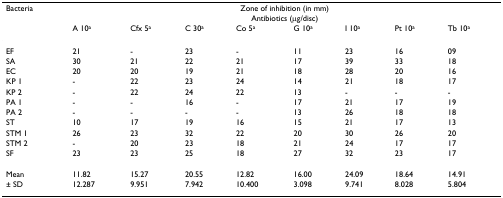
<table><thead><tr><td><b>Bacteria</b></td><td colspan="8"><b>Zone of inhibition (in mm)</b></td></tr><tr><td>[EMPTY_CELL]</td><td colspan="8"><b>Antibiotics (μg/disc)</b></td></tr><tr><td>[EMPTY_CELL]</td><td><b>A 10<sup>a</sup></b></td><td><b>Cfx 5<sup>a</sup></b></td><td><b>C 30<sup>a</sup></b></td><td><b>Co 5<sup>a</sup></b></td><td><b>G 10<sup>a</sup></b></td><td><b>I 10<sup>a</sup></b></td><td><b>Pt 10<sup>a</sup></b></td><td><b>Tb 10<sup>a</sup></b></td></tr></thead><tbody><tr><td>EF</td><td>21</td><td>-</td><td>23</td><td>-</td><td>11</td><td>23</td><td>16</td><td>09</td></tr><tr><td>SA</td><td>30</td><td>21</td><td>22</td><td>21</td><td>17</td><td>39</td><td>33</td><td>18</td></tr><tr><td>EC</td><td>20</td><td>20</td><td>19</td><td>21</td><td>18</td><td>28</td><td>20</td><td>16</td></tr><tr><td>KP 1</td><td>-</td><td>22</td><td>23</td><td>24</td><td>14</td><td>21</td><td>18</td><td>17</td></tr><tr><td>KP 2</td><td>-</td><td>22</td><td>24</td><td>22</td><td>13</td><td>-</td><td>-</td><td>-</td></tr><tr><td>PA 1</td><td>-</td><td>-</td><td>16</td><td>-</td><td>17</td><td>21</td><td>17</td><td>19</td></tr><tr><td>PA 2</td><td>-</td><td>-</td><td>-</td><td>-</td><td>13</td><td>26</td><td>18</td><td>18</td></tr><tr><td>ST</td><td>10</td><td>17</td><td>19</td><td>16</td><td>15</td><td>21</td><td>17</td><td>13</td></tr><tr><td>STM 1</td><td>26</td><td>23</td><td>32</td><td>22</td><td>20</td><td>30</td><td>26</td><td>20</td></tr><tr><td>STM 2</td><td>-</td><td>20</td><td>23</td><td>18</td><td>21</td><td>24</td><td>17</td><td>17</td></tr><tr><td>SF</td><td>23</td><td>23</td><td>25</td><td>18</td><td>27</td><td>32</td><td>23</td><td>17</td></tr><tr><td>Mean</td><td>11.82</td><td>15.27</td><td>20.55</td><td>12.82</td><td>16.00</td><td>24.09</td><td>18.64</td><td>14.91</td></tr><tr><td>± SD</td><td>12.287</td><td>9.951</td><td>7.942</td><td>10.400</td><td>3.098</td><td>9.741</td><td>8.028</td><td>5.804</td></tr></tbody></table>